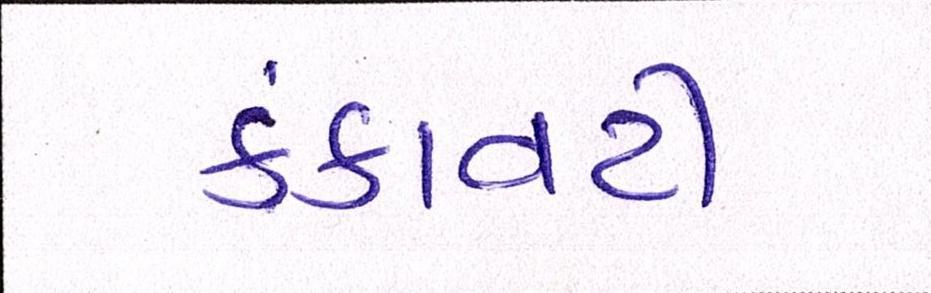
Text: કંકાવટી